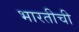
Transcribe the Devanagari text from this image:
भारतीची